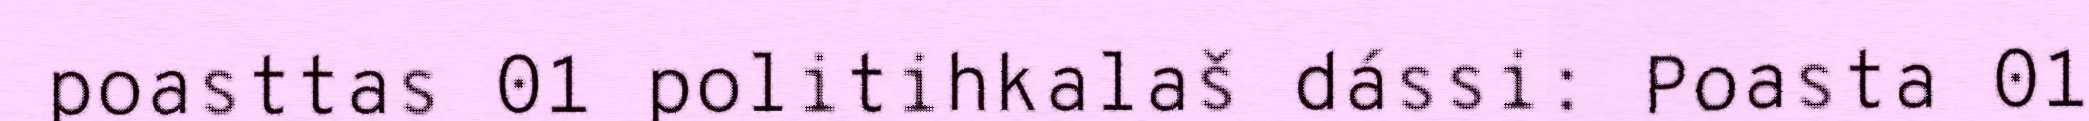
poasttas 01 politihkalaš dássi: Poasta 01